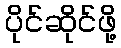
ပိုင်ဆိုင်ဖို့